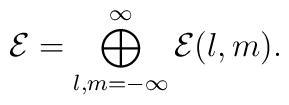
{\cal E} = \bigoplus_{l,m = -\infty}^\infty{\cal E}(l,m).